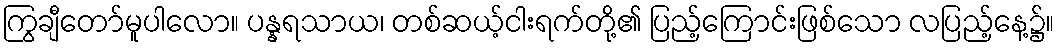
ကြွချီတော်မူပါလော။ ပန္နရသာယ၊ တစ်ဆယ့်ငါးရက်တို့၏ ပြည့်ကြောင်းဖြစ်သော လပြည့်နေ့၌။